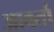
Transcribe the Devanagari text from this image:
आवतौ